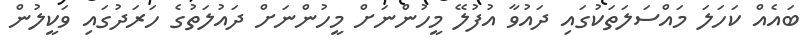
ބައެއް ކަހަލަ މައްސަލަތަކުގައި ދައުވާ އުފުލޭ މީހުންނަށް މީހުންނަށް ދައުލަތުގެ ހަރަދުގައި ވަކީލުން